system: You are a helpful assistant.
user:
Analyze the provided spectrum to determine if it is a **S-type Star**.

- **Key Indicators for S-type Star:**

    - **(Overall Spectrum Shape):** The first and most obvious characteristic is the overall continuum (the "baseline" shape). It is **extremely "red-sloping,"** meaning the flux (light intensity) is very low on the left side (blue, ~4000-4500 Å) and rises steeply and continuously toward the right side (red, ~7000 Å+).

    - **(Primary):** The spectrum is defined by the presence of strong, broad molecular absorption "valleys" (bands) from **Zirconium Oxide (ZrO)**. The identification of these bands is the **primary requirement** for classifying a star as S-type.
        - **(Key Bandheads):** You must find distinct, deep "dips" where the light has been absorbed. The most critical band systems to locate are:
            - **~6474 Å** ($\gamma$-system): This is often the strongest and clearest ZrO feature, found in the red part of the spectrum.
            - **~5718 Å** & **~5551 Å** ($\beta$-system): A pair of prominent absorption features in the yellow-orange part of the spectrum.
            - **~4640 Å** ($\alpha$-system): A key absorption band system in the blue-green region of the spectrum.

    - **(Secondary Confirmation):** The classification is strengthened by finding additional absorption bands from other related heavy element oxides, which are expected to be present alongside ZrO.
        - **(Key Bandheads):**
            - **Yttrium Oxide (YO):** Look for absorption dips near **~4800 Å** and **~6100 Å**.
            - **Lanthanum Oxide (LaO):** Additional absorption features, particularly in the red-orange part of the spectrum, are also characteristic.

    - **(Line Profile):** The combination of the steep red continuum and these numerous, deep molecular bands (ZrO, YO, etc.) gives the entire spectrum a very **"chopped-up"** or **"bumpy"** appearance. Instead of a smooth curve, the spectrum looks as though large, wide chunks of light have been "carved out" of it at the specific wavelengths listed above.

Think first, call **spectral_visualization_tool** if needed to examine features in detail, then provide your final answer. Your response must adhere to the following strict rules:
1.  **Overall Structure:** Your response must follow the format `<think>...</think> <tool_call>...</tool_call> (if a tool is used) <answer>...</answer>`.
2.  **Tool Usage Constraint:** You may only make **one** tool call per turn.
3.  **Final Answer Format:** In the `<answer>` tag, your conclusion must be inside a `\boxed{}` command (e.g., `\boxed{YES}` or `\boxed{NO}`), followed by your justification.

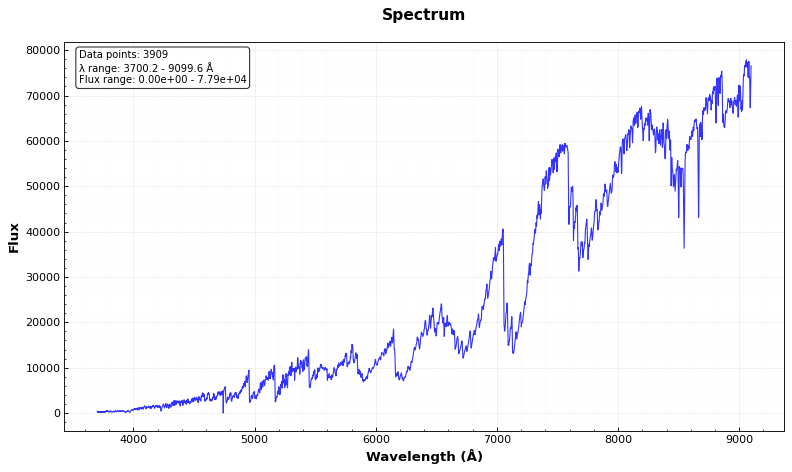
Answer: YES